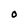
Character: O